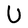
Character: U